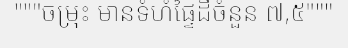
"""ចម្រុះ មានទំហំផ្ទៃដីចំនួន ៧,៥"""